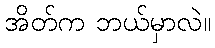
အိတ်က ဘယ်မှာလဲ။